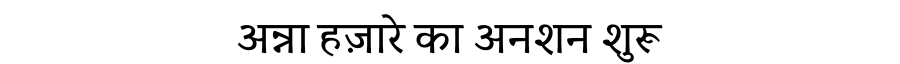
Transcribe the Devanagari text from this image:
अन्ना हज़ारे का अनशन शुरू